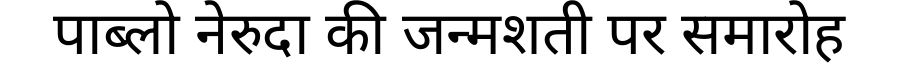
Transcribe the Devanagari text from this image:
पाब्लो नेरुदा की जन्मशती पर समारोह